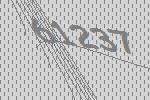
61237